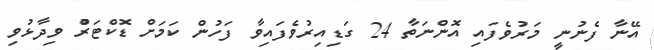
އޭނާ ފެނުނީ މަރުވެފައި އޮންނަތާ 24 ގަޑިއިރުވެފައިވާ ފަހުން ކަމަށް ޑޮކްޓަރުް ވިދާޅުވި